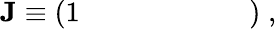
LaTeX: \begin{array}{r}{{\mathbf J}\equiv\left(\begin{array}{lllllll}{1}&{}&{}&{}&{}&{}&{}\end{array}\right)\; ,}\end{array}